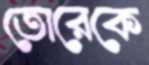
তোরেকে